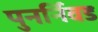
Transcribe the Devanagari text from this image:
पुनर्निवड